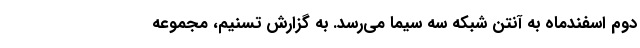
دوم اسفندماه به آنتن شبکه سه سیما می‌رسد. به گزارش تسنیم، مجموعه